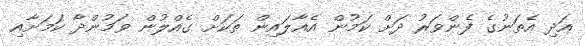
އަދި އެތަނުގެ ފެންވަރު ދަށް ކަމުން އެއާލައިން ތަކަށް ގެއްލުން ވަމުންދާ ކަމަށާއި